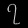
Digit: ၇